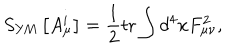
LaTeX: S _ { \mathrm { Y M } } \left[ A _ { \mu } ^ { i } \right] = \frac 1 2 \mathrm { t r } \int d ^ { 4 } x F _ { \mu \nu } ^ { 2 } ,